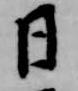
日